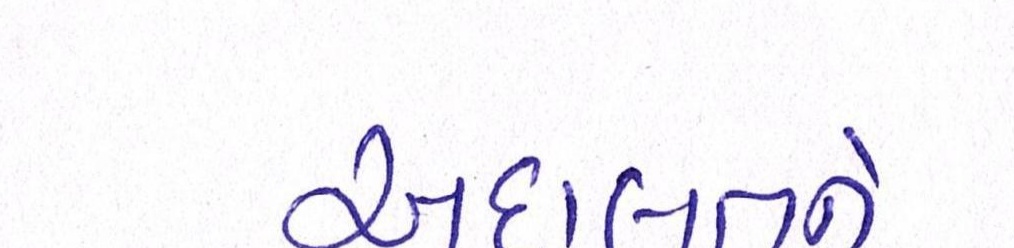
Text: અદાલતને